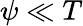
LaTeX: {\psi}\ll T